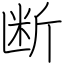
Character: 断